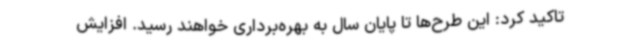
تاکید کرد: این طرح‌ها تا پایان سال به بهره‌برداری خواهند رسید. افزایش